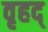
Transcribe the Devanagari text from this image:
वृहद्‌